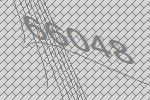
66048